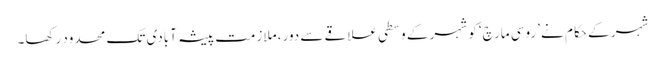
شہر کے حکام نے ’روسی مارچ‘ کو شہر کے وسطی علاقے سے دور، ملازمت پیشہ آبادی تک محدود رکھا۔